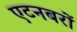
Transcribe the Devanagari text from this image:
एटनबरों